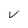
Character: V